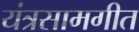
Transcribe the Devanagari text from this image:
यंत्रसामगीत